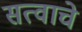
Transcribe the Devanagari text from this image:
सत्वाचे